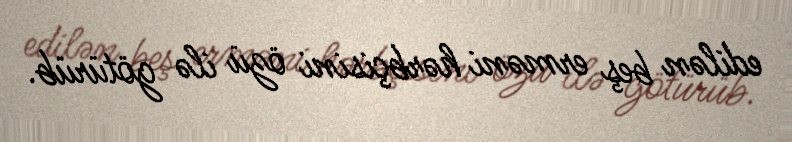
edilən beş erməni hərbçisini özü ilə götürüb.